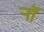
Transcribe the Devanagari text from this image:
र्‍ाॉ